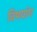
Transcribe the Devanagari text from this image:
विषयांग